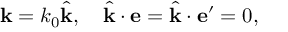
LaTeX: { \bf k } = k _ { 0 } \hat { \bf k } , \quad \hat { \bf k } \cdot { \bf e } = \hat { \bf k } \cdot { \bf e ^ { \prime } } = 0 ,